Lunatic asylums Madras 1877-1891 - 1877-1891
Year: 1877
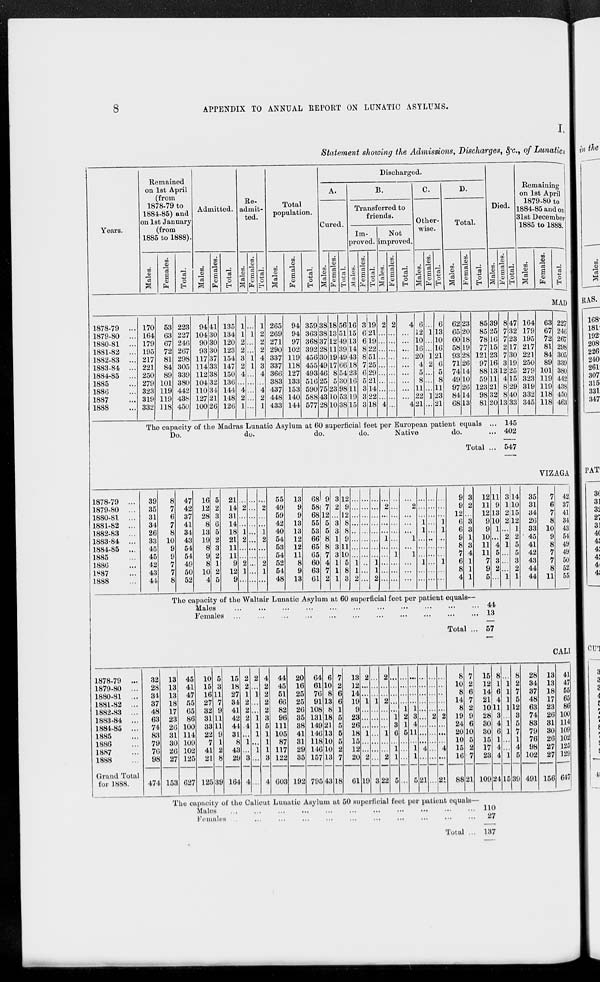
8
APPENDIX TO ANNUAL REPORT ON LUNATIC ASYLUMS.
I.
Statement showing the Admissions, Discharges, &c., of Lunatics
Years.
Remained
on 1st April
(from
1878-79 to
1884-85) and
on 1st January
(from
1885 to 1888).
Males.
Females.
Total.
Admitted.
Males.
Females.
Total.
Re-
admit-
ted.
Males.
Females.
Total.
Total
population.
Males.
Females.
Total.
Discharged.
A.
Cured.
Males.
Females.
Total.
B.
Transferred to
friends.
Im-
proved.
Males.
Females.
Total.
Not
improved.
Males.
Females.
Total.
C.
Other-
wise.
Males.
Females.
Total.
D.
Total.
Males.
Females.
Total.
Died.
Males.
Females.
Total.
Remaining
on 1st April
1879-80 to
1884-85 and on
31st December
1885 to 1888.
Males.
Females.
Total.
MAD
1878-79 ...
1879-80 ...
1880-81 ...
1881-82 ...
1882-83 ...
1883-84 ...
1884-85 ...
1885 ...
1886 ...
1887
1888
170
164
179
195
217
221
250
279
323
319
332
53
63
67
72
81
84
89
101
119
119
118
223
227
246
267
298
305
339
380
442
438
450
94
104
90
93
117
114
112
104
110
127
100
41
30
30
30
37
33
38
32
34
21
26
135
134
120
123
154
147
150
136
144
148
126
1
1
2
2
3
2
4
...
4
2
1
...
1
...
...
1
1
...
...
...
...
...
1
2
2
2
4
3
4
...
4
2
1
265
269
271
290
337
337
366
383
437
448
433
94
94
97
102
119
118
127
133
153
140
144
359
363
368
392
456
455
493
516
590
588
577
38
38
37
28
30
49
46
25
75
43
28
18
13
12
11
19
17
8
5
23
10
10
56
51
49
39
49
66
54
30
98
53
38
16
15
13
14
13
18
23
16
11
19
15
3
6
6
8
8
7
6
5
3
3
3
19
21
19
22
51
25
29
21
14
22
18
2
...
...
...
...
...
...
...
...
...
4
2
...
...
...
...
...
...
...
...
...
...
4
...
...
...
...
...
...
...
...
...
4
6
12
10
16
20
4
5
8
11
22
21
...
1
...
...
1
2
...
...
...
1
...
6
13
10
16
21
6
5
8
11
23
21
62
65
60
58
93
71
74
49
97
84
68
23
20
18
19
28
26
14
10
26
14
13
85
85
78
77
121
97
88
59
123
98
81
39
25
16
15
23
16
13
11
21
32
20
The capacity of the Madras Lunatic Asylum at 60 superficial feet per European patient equals ...
Do.
do.
do.
do.
Native
do. ...
Total ...
8
7
7
2
7
3
12
4
8
8
13
47
32
23
17
30
19
25
15
29
40
33
164
179
195
217
221
250
279
323
319
332
345
63
67
72
81
84
89
101
119
119
118
118
227
246
267
298
305
339
380
442
438
450
463
145
402
547
VIZAGA
1878-79 ...
1879-80 ...
1880-81 ...
1881-82 ...
1882-83 ...
1883-84 ...
1884-85 ...
1885 ...
1886 ...
1887 ...
1888 ...
39
35
31
34
26
33
45
45
42
43
44
8
7
6
7
8
10
9
9
7
7
8
47
42
37
41
34
43
54
54
49
50
52
16
12
28
8
13
19
8
9
8
10
4
5
2
3
6
5
2
3
2
1
2
5
21
14
31
14
18
21
11
11
9
12
9
...
2
...
...
1
2
...
...
2
1
...
...
...
...
...
...
...
...
...
...
...
...
...
2
...
...
1
2
...
...
2
1
...
55
49
59
42
40
54
53
54
52
54
48
13
9
9
13
13
12
12
11
8
9
13
68
58
68
55
53
66
65
65
60
63
61
9
7
12
5
5
8
8
7
4
7
2
3
2
...
3
3
1
3
3
1
1
1
12
9
12
8
8
9
11
10
5
8
3
...
...
...
...
...
...
...
...
1
1
2
...
...
...
...
...
...
...
...
...
...
...
...
...
...
...
...
...
...
...
1
1
2
...
2
...
...
...
1
...
...
...
...
...
...
...
...
...
...
...
...
1
...
...
...
...
2
...
...
...
1
...
1
...
...
...
...
...
...
1
1
...
...
...
1
...
...
...
...
...
...
...
...
...
...
...
...
...
...
...
...
1
1
...
...
...
1
...
...
9
9
12
6
6
9
8
7
6
8
4
3
2
...
3
3
1
3
4
1
1
1
12
11
12
9
9
10
11
11
7
9
5
11
9
13
10
1
...
4
5
3
2
...
3
1
2
2
...
2
1
...
...
...
1
14
10
15
12
1
2
5
5
3
2
1
35
81
34
26
33
45
41
42
43
44
44
7
6
7
8
10
9
8
7
7
8
11
42
87
41
34
43
54
49
49
50
52
55
The capacity of the Waltair Lunatic Asylum at 60 superficial feet per patient equals—
Males
...
...
...
...
...
...
...
...
...
...
...
Females
...
...
...
...
...
...
...
...
...
...
...
Total .
44
13
57
CALI
1878-79 ...
1879-80 ...
1880-81
1881-82 ...
1882-83 ...
1883-84 ...
1884-85 ...
1885 ...
1886 ...
1887 ...
1888 ...
Grand Total
for 1888.
32
28
34
37
48
63
74
83
79
76
98
474
13
13
13
18
17
23
26
31
30
26
27
153
45
41
47
55
65
86
100
114
109
102
125
627
10
15
16
27
32
31
33
22
7
41
21
125
5
3
11
7
9
11
11
9
1
2
8
39
15
18
27
34
41
42
44
31
8
43
29
164
2
2
1
2
2
2
4
..
1
...
3
4
2
...
1
...
...
1
1
1
...
1
...
...
4
2
2
2
2
3
5
1
1
1
3
4
44
45
51
66
82
96
111
105
87
117
122
603
20
16
25
25
26
35
38
41
31
29
35
192
64
61
76
91
108
131
149
146
118
146
157
795
6
10
8
13
8
18
21
13
10
10
13
43
7
2
6
6
1
5
5
5
5
2
7
18
13
12
14
19
9
23
26
18
15
12
20
61
2
...
...
1
...
...
...
1
...
...
2
19
...
...
...
1
...
...
...
...
...
...
...
3
2
...
...
2
...
...
...
1
...
...
2
22
...
...
...
...
...
1
3
6
...
1
1
5
...
...
...
...
1
2
1
5
...
...
...
...
...
...
...
...
1
3
4
11
...
1
1
5
...
...
...
...
...
...
...
...
...
4
...
21
...
...
...
...
...
2
...
...
...
...
...
...
...
...
...
...
...
2
...
...
...
4
...
21
8
10
8
14
8
19
24
20
10
15
16
88
7
2
6
7
2
9
6
10
5
2
7
21
15
12
14
21
10
28
30
30
15
17
23
109
8
1
6
4
11
8
4
6
1
4
4
24
...
1
1
1
1
...
1
1
...
...
1
15
8
2
7
5
12
8
5
7
1
4
5
39
28
34
37
48
63
74
83
79
76
98
102
491
13
13
18
17
23
26
31
30
26
27
27
156
41
47
55
65
86
100
114
109
102
125
129
647
The capacity of the Calicut Lunatic Asylum at 60 superficial feet per patient equals-
Males
...
...
...
...
...
...
...
...
...
...
Females
...
...
...
...
...
...
...
...
...
....
Total ...
110 27
137